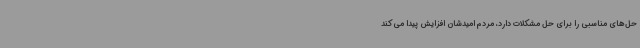
حل‌های مناسبی را برای حل مشکلات دارد، مردم امیدشان افزایش پیدا می‌کند